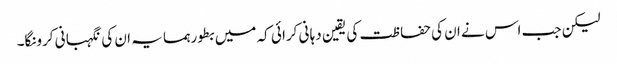
لیکن جب اس نے ان کی حفا ظت کی یقین دہا نی کرا ئی کہ میں بطور ہمسا یہ ان کی نگہبا نی کرونگا۔